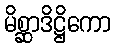
မိစ္ဆာဒိဋ္ဌိကော